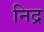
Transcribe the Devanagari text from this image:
निद्र